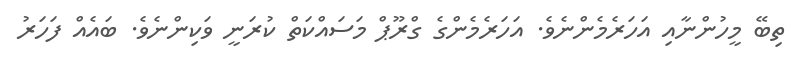
ތިބޭ މީހުންނާއި އަހަރެމެންނެވެ. އަހަރެމެންގެ ގްރޫޕް މަސައްކަތް ކުރަނީ ވަކިންނެވެ. ބައެއް ފަހަރު